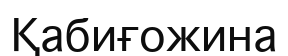
Қабиғожина